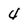
Character: 4